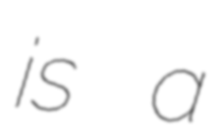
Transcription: is a